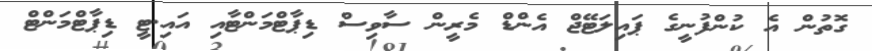
ގޮތުން އެ ކުންފުނީގެ ޕައިލަޓޭޖް އެންޑް މެރީން ސާވިސް ޑިޕާޓްމަންޓާއި އައި.ޓީ ޑިޕާޓްމަންޓް